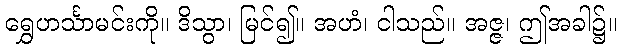
ရွှေဟင်္သာမင်းကို။ ဒိသွာ၊ မြင်၍။ အဟံ၊ ငါသည်။ အဇ္ဇ၊ ဤအခါ၌။